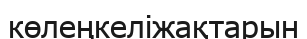
көлеңкеліжақтарын